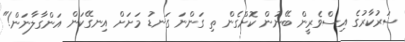
ސަރުކާރުގެ އިސްވެރީން ބޭނުން ކޮށްގެން ތި ގަންނަ ގަނޑު މަށަށް އިނގޭކަން އަންގާލާނަން!"